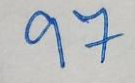
97